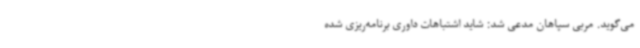
می‌گوید. مربی سپاهان مدعی شد: شاید اشتباهات داوری برنامه‌ریزی شده